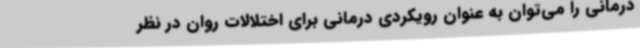
درمانی را می‌توان به عنوان رویکردی درمانی برای اختلالات روان در نظر